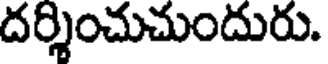
దర్శించుచుందురు.